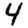
Digit: 4